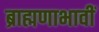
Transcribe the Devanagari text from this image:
ब्राह्मणाभावीं